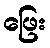
ဖြေး